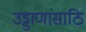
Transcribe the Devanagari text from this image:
उड्डाणांसाठि